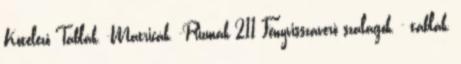
Kötelező Táblák, -Matricák, -Prizmák 211 Fényvisszaverő szalagok, - táblák,